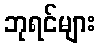
ဘုရင်များ